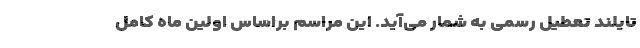
تایلند تعطیل رسمی به شمار می‌آید. این مراسم براساس اولین ماه کامل